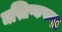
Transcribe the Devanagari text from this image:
मस्तिष्कसमृद्ध